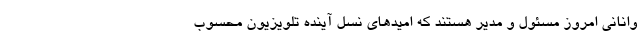
وانانی امروز مسئول و مدیر هستند که امیدهای نسل آینده تلویزیون‌ محسوب